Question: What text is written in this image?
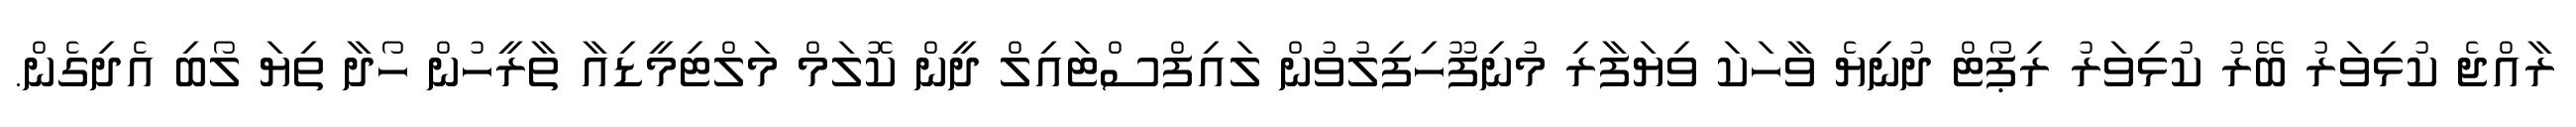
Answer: ރާއްޖެ ކުޅިވަރު ބޭރު ކުޅިވަރު ރިޕޯޓް ދުނިޔެ ވާހަކަ ވިޔަފާރި މުނިފޫހިފިލުވުން ލައިފްސްޓައިލް ދީން ކޮލަމް މަލްޓިމީޑިއާ ތާރީހުން ހޯދާ ތިޔަ ލޯބި އެދިގެން.